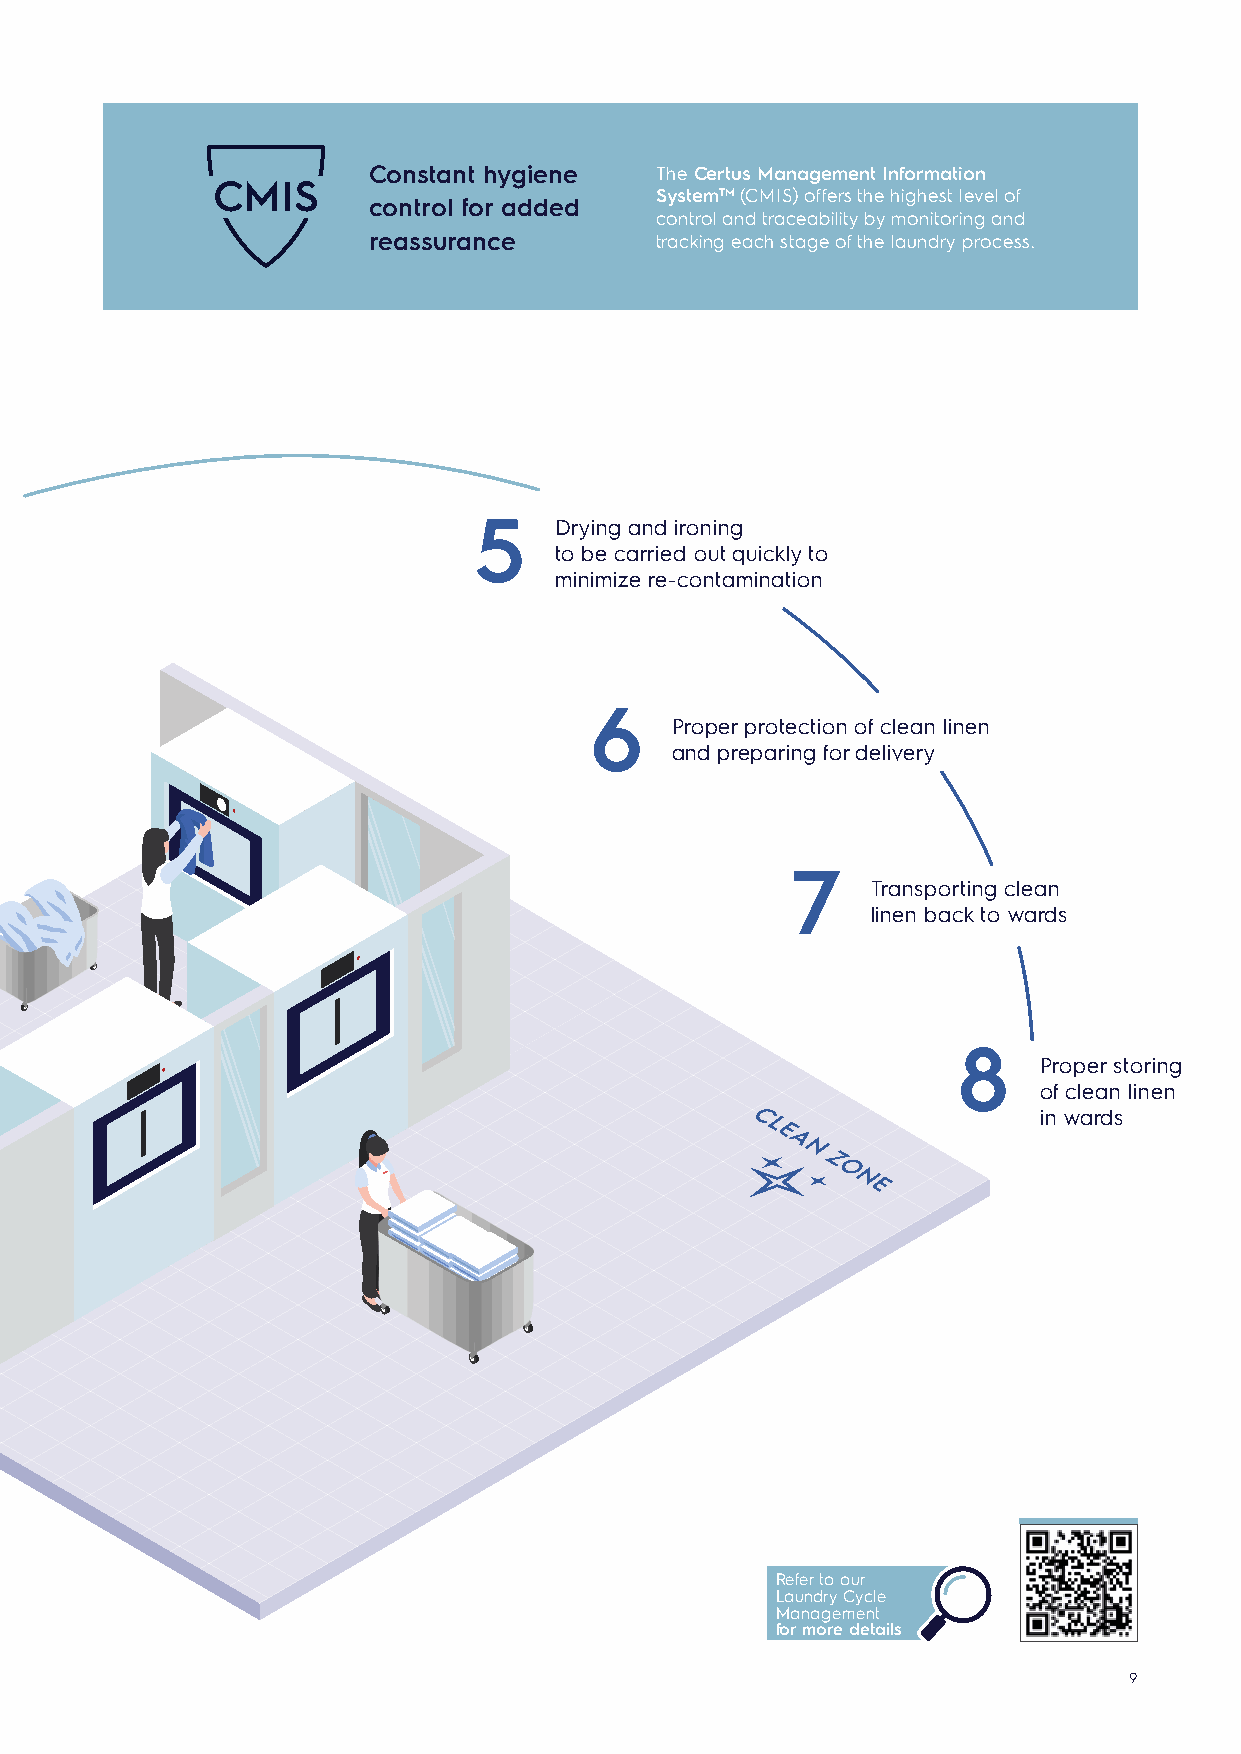
Constant hygiene   The Certus Management Information
 CMIS
 SystemTM (CMIS) offers the highest level of
 control for added
 control and traceability by monitoring and
 reassurance        tracking each stage of the laundry process.
 4 Washing with the
 right temperature/             5     Drying and ironing
 detergent mix for                    to be carried out quickly to
 each textile family                  minimize re-contamination
 3
 6
 Proper protection of clean linen
 Sorting and preparing to wash
 and preparing for delivery
 7
 2 Proper conditioning                                     Transporting clean
 and transporting                                          linen back to wards
 to the laundry
 8
 Proper storing
 1 Collecting, pre-sorting                                            of clean linen
 and storing of dirty                                                 in wards
 linen at source
 S
 T
 GE R!
 RIA RRIE
 CTE BA
 A E
 B H
 NO
 H
 T
 G
 U
 O
 R
 H
 T
 Refer to our
 Laundry Cycle
 Management
 for more details
 9